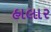
હાલાર